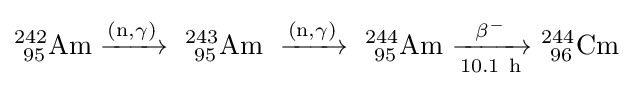
\mathrm {^{242}_{\ 95}Am\xrightarrow {(n,\gamma )} ~_{\ 95}^{243}Am\ \xrightarrow {(n,\gamma )} \ _{\ 95}^{244}Am\ {\xrightarrow[{10.1\ h}]{\beta ^{-}}}\ _{\ 96}^{244}Cm}